Lunatic asylums Madras 1892-1911 - 1892-1911
Year: 1892
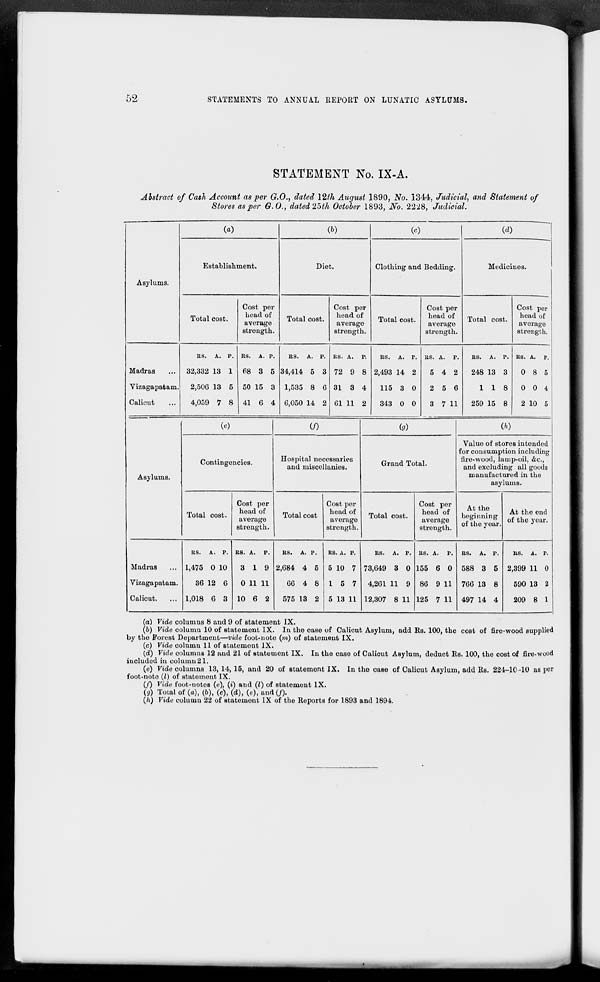
52
STATEMENTS TO ANNUA.L REPORT ON LUNATIC ASYLUMS.
STATEMENT No. IX-A.
Abstract of Cash Account as per G.O., dated 12th August 1890, No. 1344, Judicial, and Statement of
Stores as per G.O., dated 25th October 1893, No. 2228, Judicial.
Asylums.
(a)
Establishment.
Total cost.
Cost per
head of
average
strength.
(6)
Diet.
Total cost.
Cost per
head of
average
strength.
00
(d)
Clothing and Bedding.
Total cost.
Cost per
head of
average
strength.
Medicines.
Total cost.
Cost per
head of
average
strength.
Madras
Vizagapatam
Calicut
RS. A. p.
32,332 13 1
2,506 13 5
4,059 7 8
RS. A. p.
68 3 5
50 15 3
41 6 4
RS. A. P.
34,414 5 3
1,535 8 6
6,050 14 2
RS. A. p.
72 9 8
31 3 4
61 11 2
RS. A. p.
2,493 14 2
115 3 0
343 0 0
s. A. p.
5 4 2
2 5 6
:J 7 11
RS. A. P.
248 13 3
118
259 15 8
RS. A. P.
0 8 5
0 0 4
2 10 5
Asylums.
(e)
Contingencies.
Total cost.
Cost per
head of
average
strength.
(/)
(g)
Hospital necessaries
and miscellanies.
Total cost
Cost per
head of
average
strength.
Grand Total.
Total cost.
Cost per
head of
average
strength.
00
Value of stores intended
for consumption including
fire-wood, lamp-oil, &c,
and excluding all goods
manufactured in the
asylums.
At the
beginning
of the year
At the end
of the year.
Madras
Vizagapatam.
Calicut.
RS. A. p.
1,475 0 10
36 12 6
1,018 6 3
R8. A. P.
3 19
0 11 11
10 6 2
RS. A. p.
2,684 4 5
66 4 8
575 13 2
RS. A. P.
5 10 7
1 5 7
5 13 11
RS. A. P.
73,649 3 0
4,261 11 9
12,307 8 11
RS. A. P.
155 6 0
86 9 11
125 7 11
RS. A. P.
588 3 5
706 13 8
497 14 4
KS. A. P.
2,399 11 0
590 13 2
209 8 1
(a) Vide columns 8 and 9 of statement IX.
(b) Vide column 10 of statement IX. In the case of Calicut Asylum, add Rs. 100, the cost of fire-wood supplied
by the Forest Department—vide foot-note (m) of statement IX.
(c) Vide column 11 of statemont IX.
(d) Vide columns 12 and 21 of statement IX. In the case of Calicut Asylum, deduct Rs. 100, the cost of fire-wood
included in column21.
(e) Vide columns 13, 14, 15, and 20 of statement IX. In the case of Caliout Asylum, add Rs. 224-10-10 as per
foot-note (I) of statemont IX.
(/) Vide foot-notes («), (*) and (I) of statement IX.
(y) Total of (a), (6), (c), (d), (e), and (/).
(h) Vide column 22 of statement IX of the Reports for 1893 and 1894.